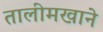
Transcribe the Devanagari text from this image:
तालीमखाने